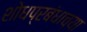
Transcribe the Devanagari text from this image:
शोधप्रबंधाच्या